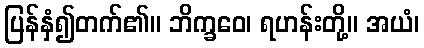
ပြန်နှံ၍တက်၏။ ဘိက္ခဝေ၊ ရဟန်းတို့။ အယံ၊